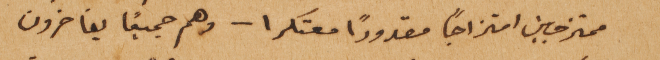
ممتزجين امتزاجاً مقدوراً معتكرا – وهم جميعاً يفاخرون